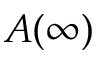
A ( \infty )